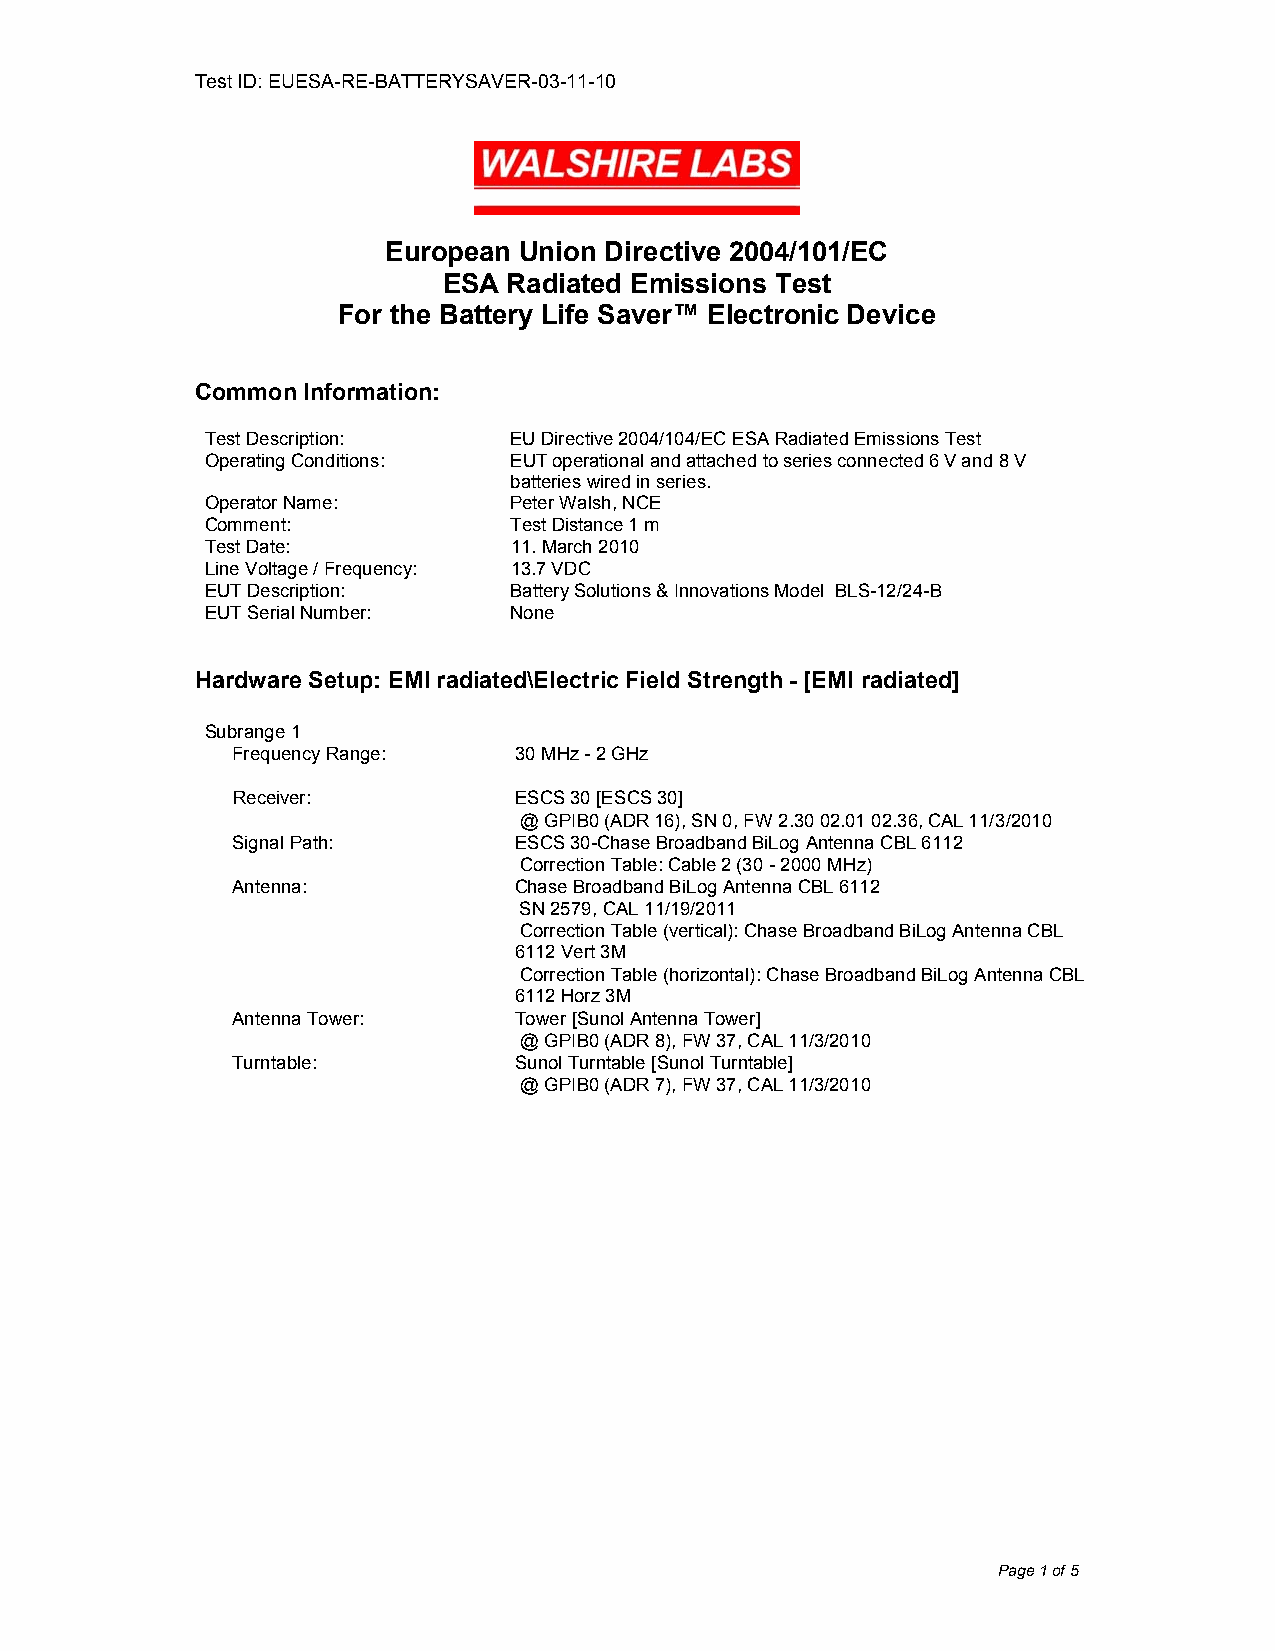
Test ID: EUESA-RE-BATTERYSAVER-03-11-10
 European Union Directive 2004/101/EC
 ESA  Radiated Emissions Test
 For the Battery Life Saver™ Electronic Device
 Common Information:
 Test Description:   EU Directive 2004/104/EC ESA Radiated Emissions Test
 Operating Conditions: EUT operational and attached to series connected 6 V and 8 V
 batteries wired in series.
 Operator Name:      Peter Walsh, NCE
 Comment:            Test Distance 1 m
 Test Date:          11. March 2010
 Line Voltage / Frequency: 13.7 VDC
 EUT Description:    Battery Solutions & Innovations Model BLS-12/24-B
 EUT Serial Number:  None
 Hardware Setup: EMI radiated\Electric Field Strength - [EMI radiated]
 Subrange 1
 Frequency Range:   30 MHz - 2 GHz
 Receiver:          ESCS 30 [ESCS 30]
 @ GPIB0 (ADR 16), SN 0, FW 2.30 02.01 02.36, CAL 11/3/2010
 Signal Path:       ESCS 30-Chase Broadband BiLog Antenna CBL 6112
 Correction Table: Cable 2 (30 - 2000 MHz)
 Antenna:           Chase Broadband BiLog Antenna CBL 6112
 SN 2579, CAL 11/19/2011
 Correction Table (vertical): Chase Broadband BiLog Antenna CBL
 6112 Vert 3M
 Correction Table (horizontal): Chase Broadband BiLog Antenna CBL
 6112 Horz 3M
 Antenna Tower:     Tower [Sunol Antenna Tower]
 @ GPIB0 (ADR 8), FW 37, CAL 11/3/2010
 Turntable:         Sunol Turntable [Sunol Turntable]
 @ GPIB0 (ADR 7), FW 37, CAL 11/3/2010
 Page 1 of 5